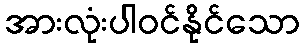
အားလုံးပါဝင်နိုင်သော